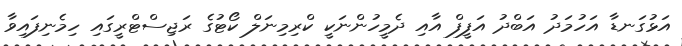
އަޅުގަނޑާ އަހުމަދު އަބްދު އަފީފް އާއި ދެމީހުންނަކީ ކްރިމިނަލް ކޯޓުގެ ރަޖިސްޓްރީގައި ހިމެނިފައިވާ